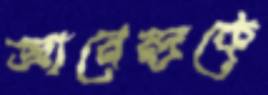
জ্ঞানেন্দ্রকে